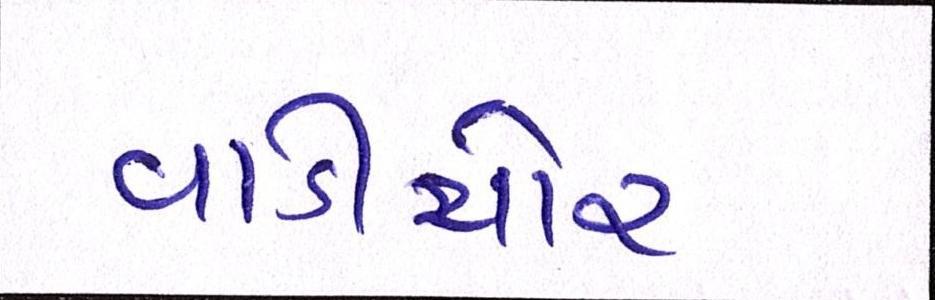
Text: વાડીચોર